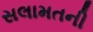
સલામતની